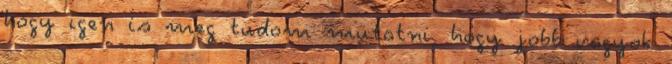
hogy igen is meg tudom mutatni, hogy jobb vagyok